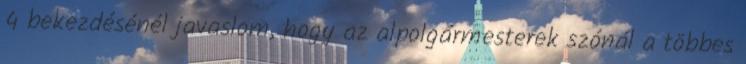
4 bekezdésénél javaslom, hogy az alpolgármesterek szónál a többes